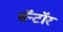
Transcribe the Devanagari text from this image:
सॅन्टॉर